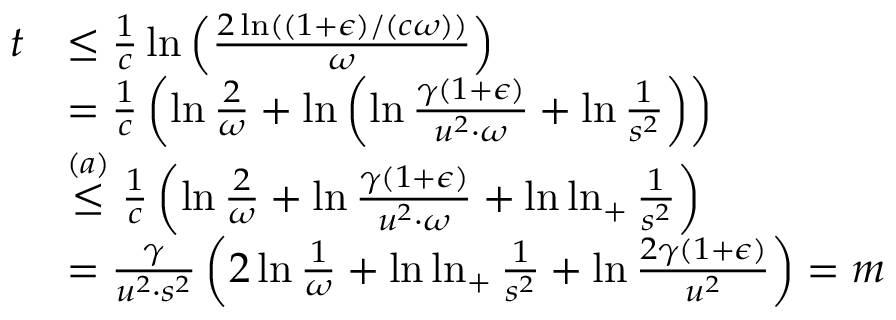
\begin{array} { r l } { t } & { \leq \frac { 1 } { c } \ln \left( \frac { 2 \ln ( ( 1 + \epsilon ) / ( c \omega ) ) } { \omega } \right) } \\ & { = \frac { 1 } { c } \left( \ln \frac { 2 } { \omega } + \ln \left( \ln \frac { \gamma ( 1 + \epsilon ) } { u ^ { 2 } \cdot \omega } + \ln \frac { 1 } { s ^ { 2 } } \right) \right) } \\ & { \overset { ( a ) } { \leq } \frac { 1 } { c } \left( \ln \frac { 2 } { \omega } + \ln \frac { \gamma ( 1 + \epsilon ) } { u ^ { 2 } \cdot \omega } + \ln \ln _ { + } \frac { 1 } { s ^ { 2 } } \right) } \\ & { = \frac { \gamma } { u ^ { 2 } \cdot s ^ { 2 } } \left( 2 \ln \frac { 1 } { \omega } + \ln \ln _ { + } \frac { 1 } { s ^ { 2 } } + \ln \frac { 2 \gamma ( 1 + \epsilon ) } { u ^ { 2 } } \right) = m } \end{array}